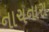
નાચનારા